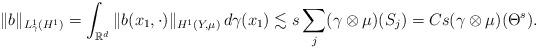
\begin{align*}\|b\|_{L^1_{\gamma}(H^1)}=\int_{\mathbb{R}^d}\|b(x_1,\cdot)\|_{H^{1}(Y,\mu)}\,d\gamma(x_1)\lesssim s \sum_{j}(\gamma\otimes \mu)(S_j)=C s (\gamma\otimes \mu)(\Theta^{s}).\end{align*}